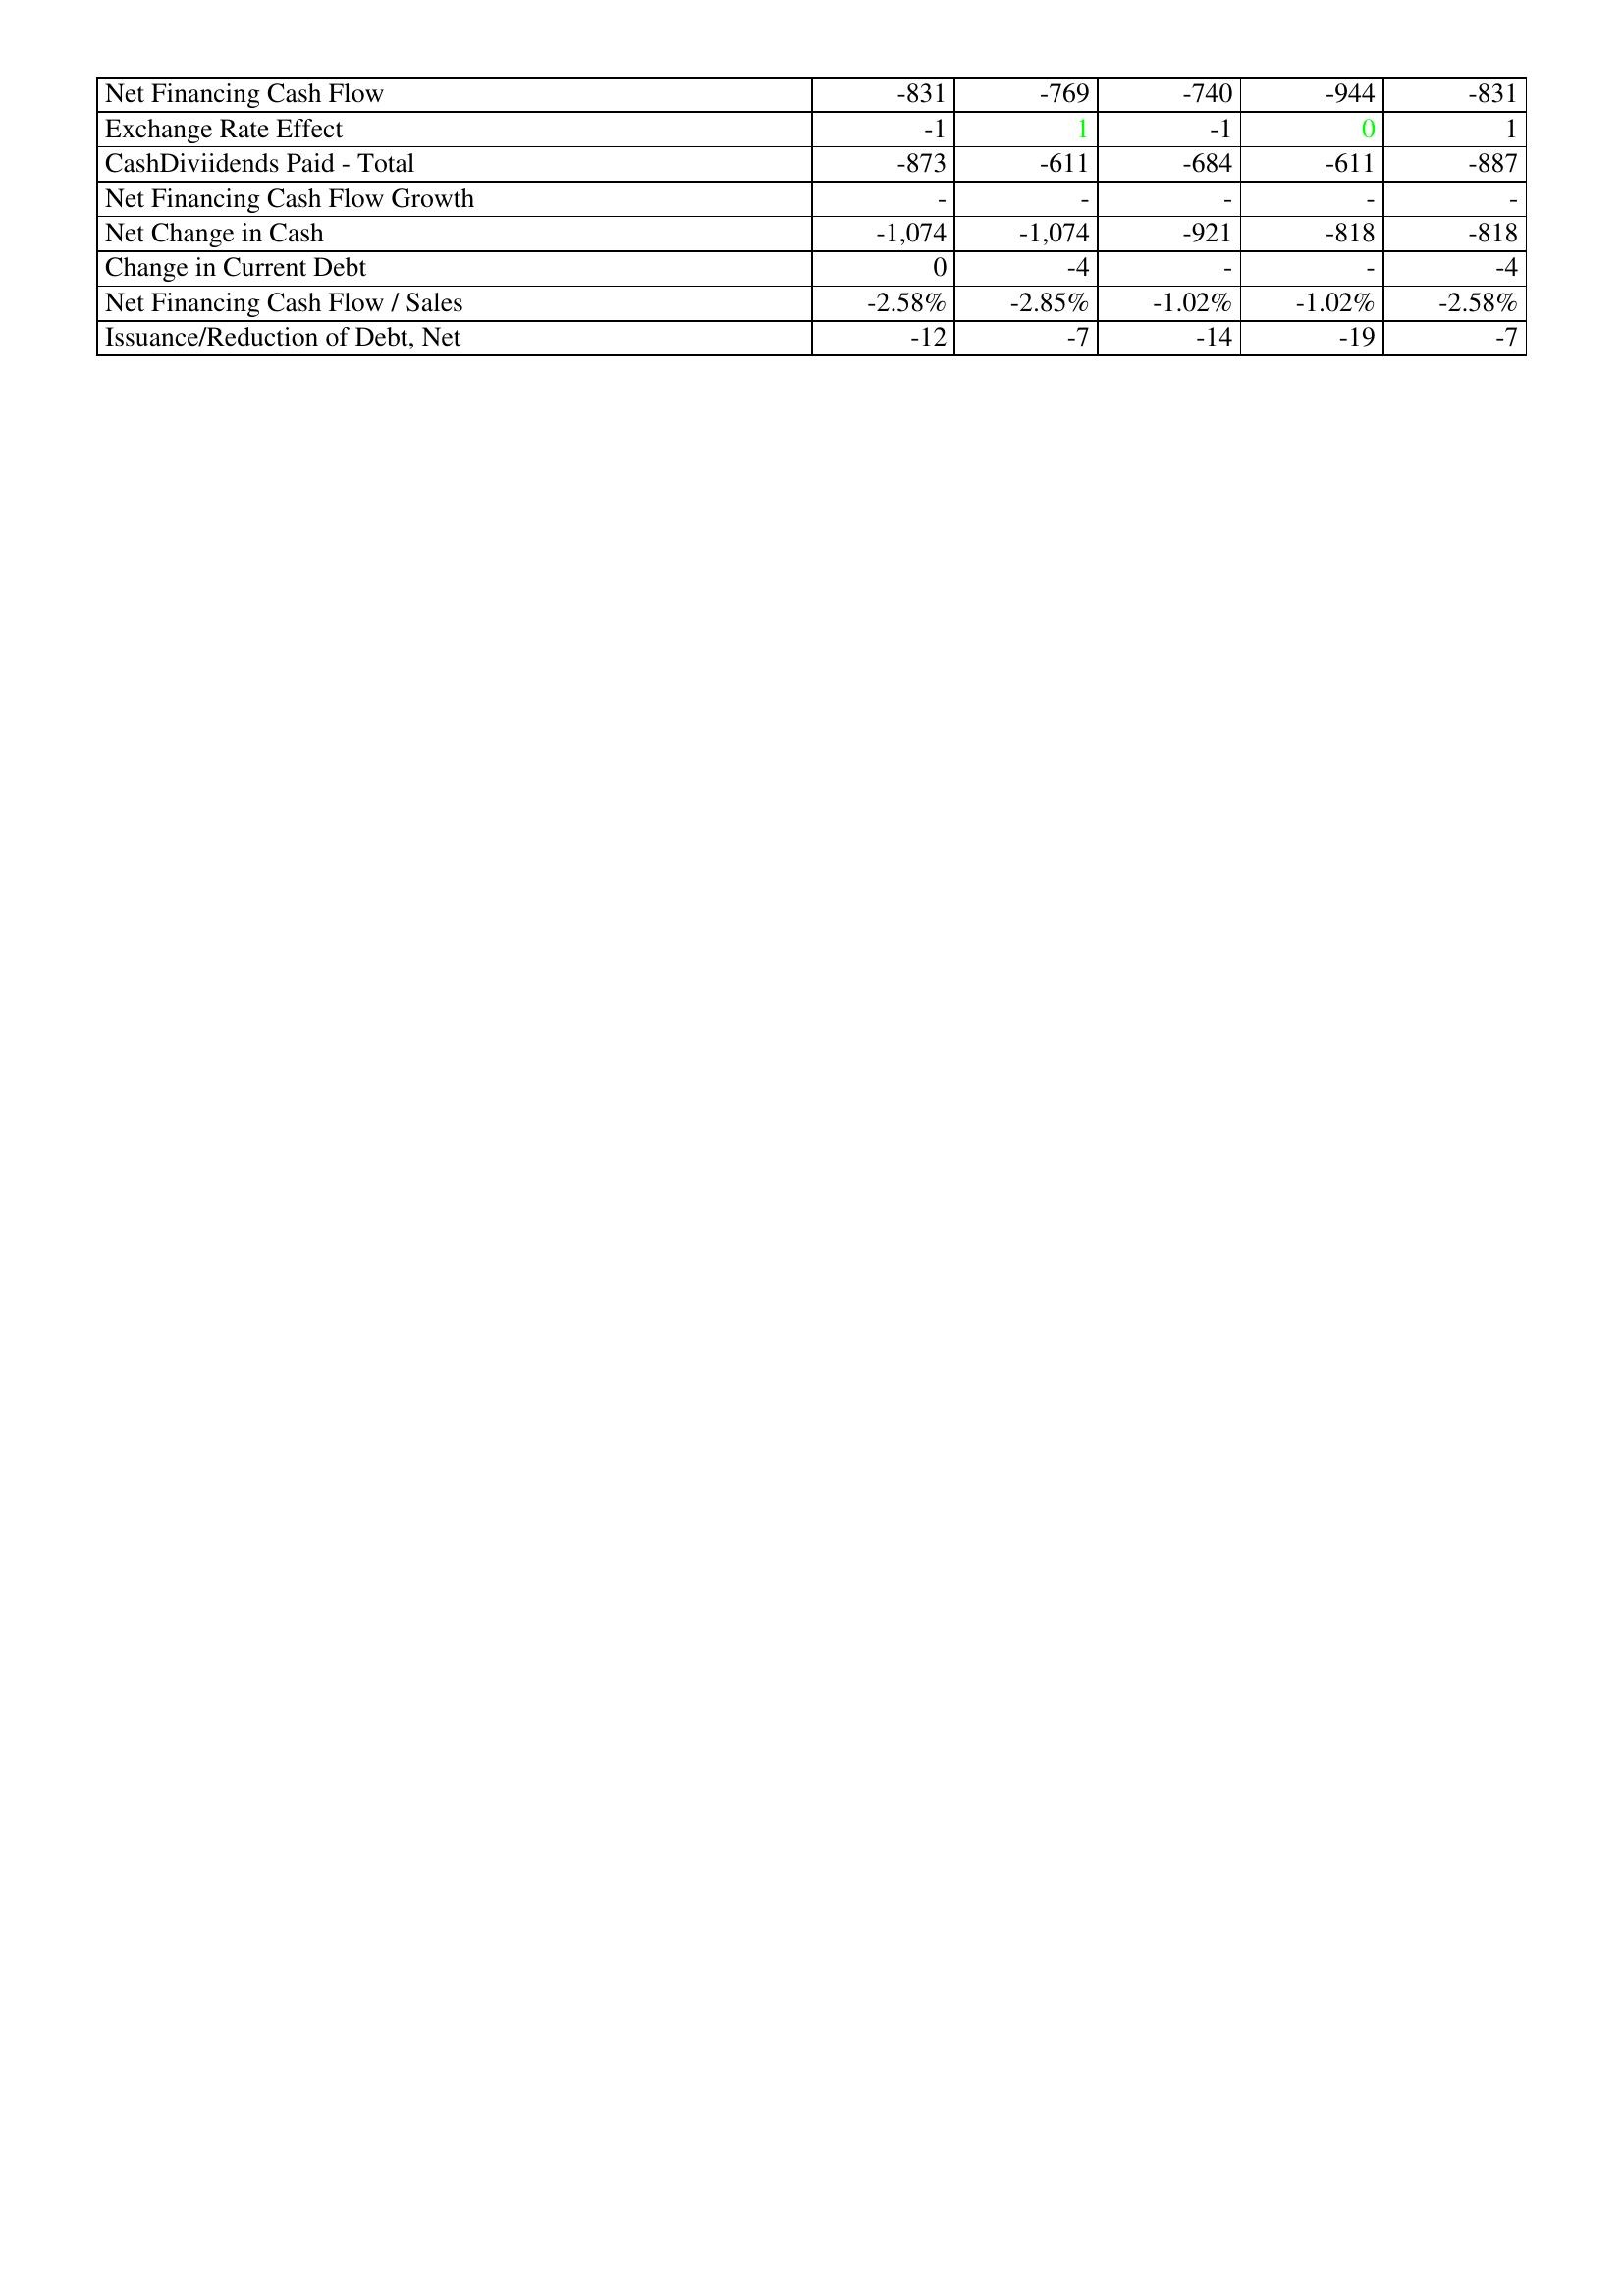
gt_parse: 2015: Financing Activities: Net Financing Cash Flow: -831
Exchange Rate Effect: -1
CashDiviidends Paid - Total: -873
Net Financing Cash Flow Growth: -
Net Change in Cash: -1,074
Change in Current Debt: 0
Net Financing Cash Flow / Sales: -2.58%
Issuance/Reduction of Debt, Net: -12
2014: Financing Activities: Net Financing Cash Flow: -769
Exchange Rate Effect: 1
CashDiviidends Paid - Total: -611
Net Financing Cash Flow Growth: -
Net Change in Cash: -1,074
Change in Current Debt: -4
Net Financing Cash Flow / Sales: -2.85%
Issuance/Reduction of Debt, Net: -7
2013: Financing Activities: Net Financing Cash Flow: -740
Exchange Rate Effect: -1
CashDiviidends Paid - Total: -684
Net Financing Cash Flow Growth: -
Net Change in Cash: -921
Change in Current Debt: -
Net Financing Cash Flow / Sales: -1.02%
Issuance/Reduction of Debt, Net: -14
2012: Financing Activities: Net Financing Cash Flow: -944
Exchange Rate Effect: 0
CashDiviidends Paid - Total: -611
Net Financing Cash Flow Growth: -
Net Change in Cash: -818
Change in Current Debt: -
Net Financing Cash Flow / Sales: -1.02%
Issuance/Reduction of Debt, Net: -19
2011: Financing Activities: Net Financing Cash Flow: -831
Exchange Rate Effect: 1
CashDiviidends Paid - Total: -887
Net Financing Cash Flow Growth: -
Net Change in Cash: -818
Change in Current Debt: -4
Net Financing Cash Flow / Sales: -2.58%
Issuance/Reduction of Debt, Net: -7